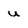
Character: u